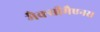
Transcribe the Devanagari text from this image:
मैक्सीमैएनस